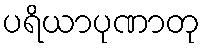
ပရိယာပုဏာတု